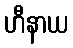
ဟီနာယ